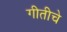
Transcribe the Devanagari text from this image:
गीतीचे